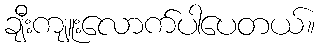
ချီးကျူးလောက်ပါပေတယ်။